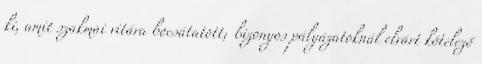
ki, amit szakmai vitára bocsátatott; bizonyos pályázatoknál elvárt kötelező